Indian Civil Veterinary Department memoirs
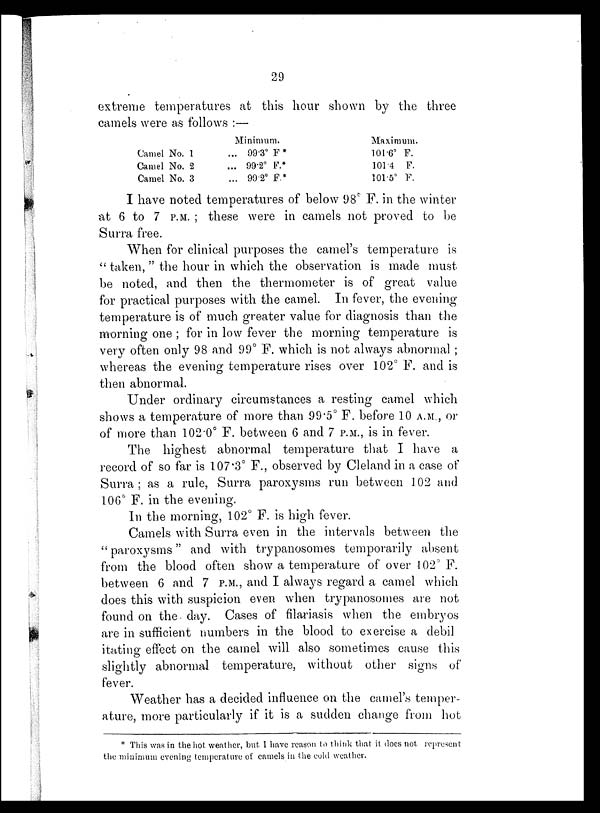
29
extreme temperatures at this hour shown by the three
camels were as follows :—
Camel No. 1
Camel No. 2
Camel No. 3
Minimum.
... 99.3° F*
... 99.2° F.*
... 99.2° F.*
Maximum.
101.6° F.
101.4 F.
101.5° F.
I have noted temperatures of below 98° F. in the winter
at 6 to 7 P.M. ; these were in camels not proved to be
Surra free.
When for clinical purposes the camel's temperature is
" taken, " the hour in which the observation is made must
be noted, and then the thermometer is of great value
for practical purposes with the camel. In fever, the evening
temperature is of much greater value for diagnosis than the
morning one ; for in low fever the morning temperature is
very often only 98 and 99° F. which is not always abnormal ;
whereas the evening temperature rises over 102° F. and is
then abnormal.
Under ordinary circumstances a resting camel which
shows a temperature of more than 99.5° F. before 10 A.M., or
of more than 102.0° F. between 6 and 7 P.M., is in fever.
The highest abnormal temperature that I have a
record of so far is 107.3° F., observed by Cleland in a case of
Surra; as a rule, Surra paroxysms run between 102 and
106° F. in the evening.
In the morning, 102° F. is high fever.
Camels with Surra even in the intervals between the
" paroxysms" and with trypanosomes temporarily absent
from the blood often show a temperature of over 102° F.
between 6 and 7 P.M., and I always regard a camel which
does this with suspicion even when trypanosomes are not
found on the day. Cases of filariasis when the embryos
are in sufficient numbers in the blood to exercise a debil
itating effect on the camel will also sometimes cause this
slightly abnormal temperature, without other signs of
fever.
Weather has a decided influence on the camel's temper-
ature, more particularly if it is a sudden change from hot
* This was in the hot weather, but I have reason to think that it does not represent
the minimum evening temperature of camels in the cold weather.